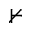
\nvdash